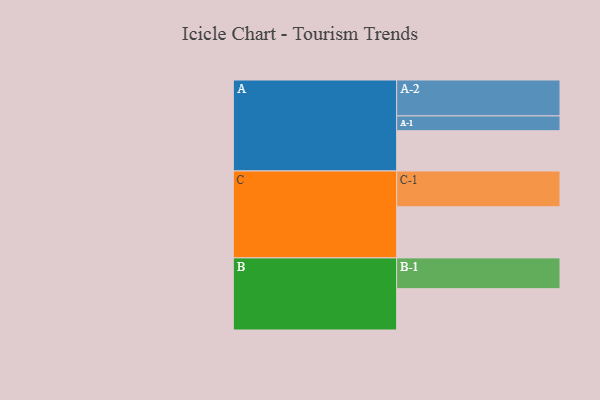
{"axis": {"x": "Segment", "y": "Value"}, "legend": ["", "A", "B", "C"], "data": [{"x": "A", "y": 305, "type": ""}, {"x": "B", "y": 313, "type": ""}, {"x": "C", "y": 387, "type": ""}, {"x": "A-1", "y": 112, "type": "A"}, {"x": "A-2", "y": 272, "type": "A"}, {"x": "B-1", "y": 233, "type": "B"}, {"x": "C-1", "y": 271, "type": "C"}]}